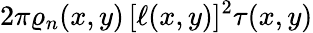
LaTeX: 2\pi\varrho_{n}(x,y)\, [\ell(x,y)]^{2}\tau(x,y)